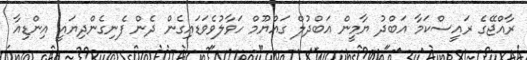
ރާއްޖޭގެ ރައީސްކަމާ އަބްދު ޔާމީން އަބްދުލް ގައްޔޫމް ހަވާލުވެވަޑައިގެން ދެން ފެނިގެންދިޔައީ އިންޑިއާ